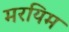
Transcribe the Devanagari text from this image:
मरयिम